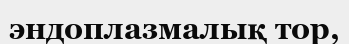
эндоплазмалық тор,